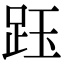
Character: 𧿷